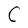
Character: C